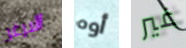
البرغر أوه غير